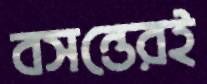
বসন্তেরই